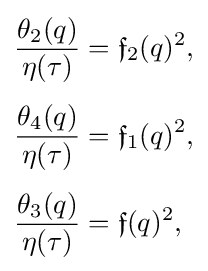
{\begin{aligned}{\frac {\theta _{2}(q)}{\eta (\tau )}}&={\mathfrak {f}}_{2}(q)^{2},\\[4pt]{\frac {\theta _{4}(q)}{\eta (\tau )}}&={\mathfrak {f}}_{1}(q)^{2},\\[4pt]{\frac {\theta _{3}(q)}{\eta (\tau )}}&={\mathfrak {f}}(q)^{2},\end{aligned}}